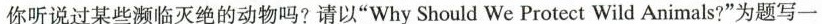
你听说过某些濒临灭绝的动物吗?请以”WhyShould We Protect Wild Animals?”为题写一